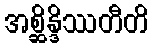
အစ္ဆိန္ဒိဿတီတိ